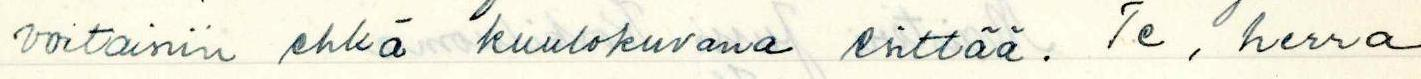
voitaisiin ehkä kuultokuvana esittää. Te, herra